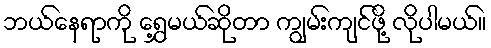
ဘယ်နေရာကို ရွှေ့မယ်ဆိုတာ ကျွမ်းကျင်ဖို့ လိုပါမယ်။